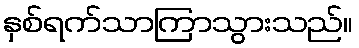
နှစ်ရက်သာကြာသွားသည်။